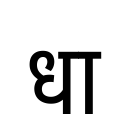
OCR:
धा